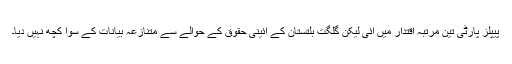
پیپلز پارٹی تین مرتبہ اقتدار میں آئی لیکن گلگت بلتستان کے آئینی حقوق کے حوالے سے متنازعہ بیانات کے سوا کچھ نہیں دیا۔